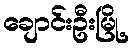
ချောင်းဦးမြို့